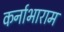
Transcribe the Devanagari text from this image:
कर्नाभाराम